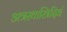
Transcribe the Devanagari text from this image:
अत्रस्थास्त्रिदिवं